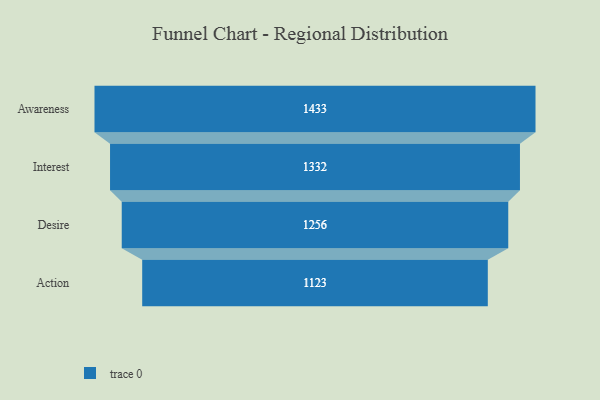
{"axis": {"x": "Stage", "y": "Value"}, "legend": [""], "data": [{"x": "Awareness", "y": 1433.0, "type": ""}, {"x": "Interest", "y": 1332.0, "type": ""}, {"x": "Desire", "y": 1256.0, "type": ""}, {"x": "Action", "y": 1123.0, "type": ""}]}